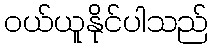
ဝယ်ယူနိုင်ပါသည်